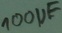
Text: 100µF